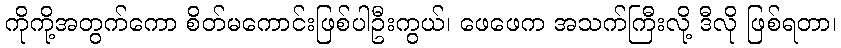
ကိုကို့အတွက်ကော စိတ်မကောင်းဖြစ်ပါဦးကွယ်၊ ဖေဖေက အသက်ကြီးလို့ ဒီလို ဖြစ်ရတာ၊